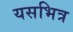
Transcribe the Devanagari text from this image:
यसभित्र